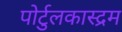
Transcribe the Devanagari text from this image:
पोर्टुलकास्द्रम